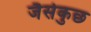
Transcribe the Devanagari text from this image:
जैसेकुछ